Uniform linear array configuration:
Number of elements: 8
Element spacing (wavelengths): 1
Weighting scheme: exponential
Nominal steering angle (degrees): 0
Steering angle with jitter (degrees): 1.059
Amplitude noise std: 0.05
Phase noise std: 0.05

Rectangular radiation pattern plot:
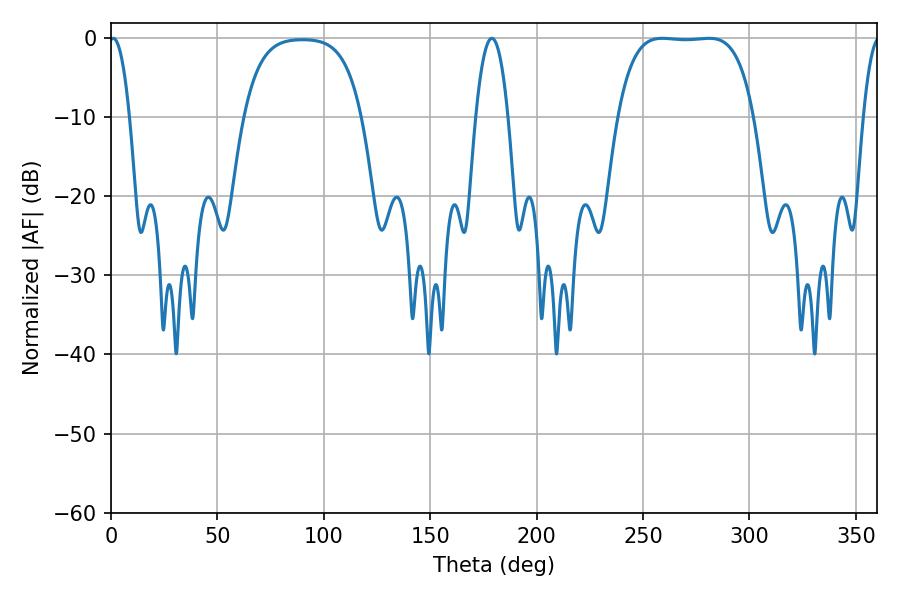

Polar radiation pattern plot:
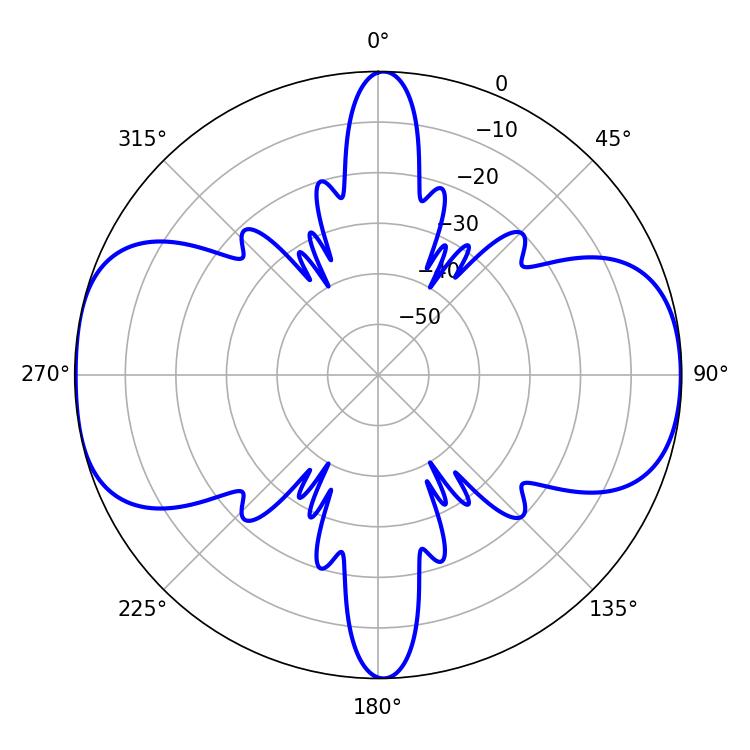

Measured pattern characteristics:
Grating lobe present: TRUE
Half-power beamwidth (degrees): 49.68
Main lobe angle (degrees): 259.02